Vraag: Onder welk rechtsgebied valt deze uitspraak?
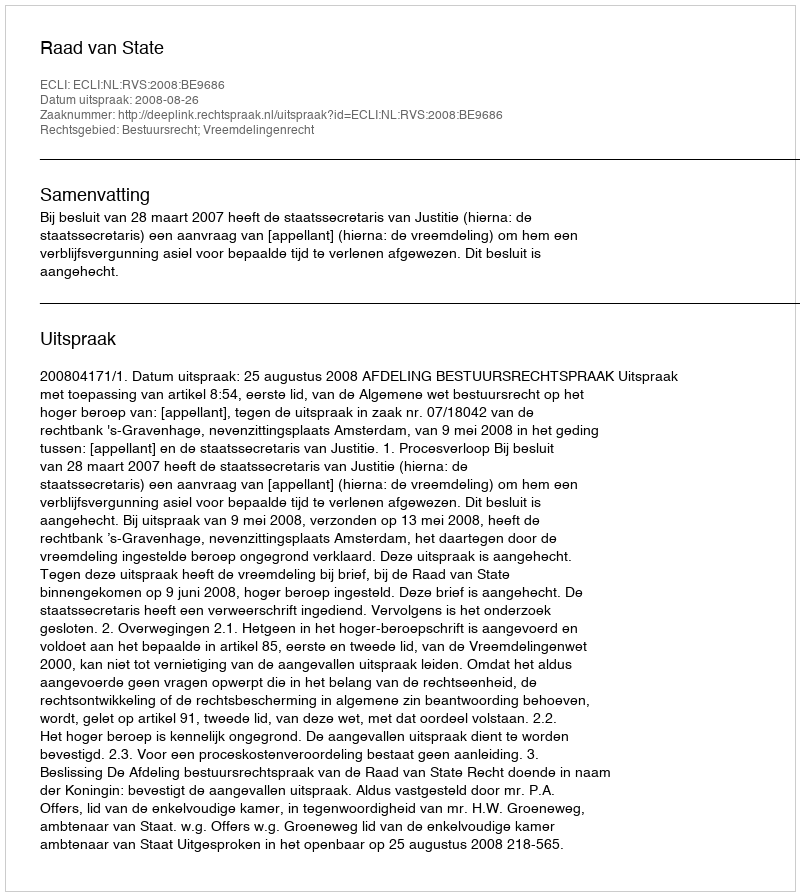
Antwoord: Bestuursrecht; Vreemdelingenrecht